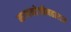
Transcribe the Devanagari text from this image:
माणकोजीमहाराज